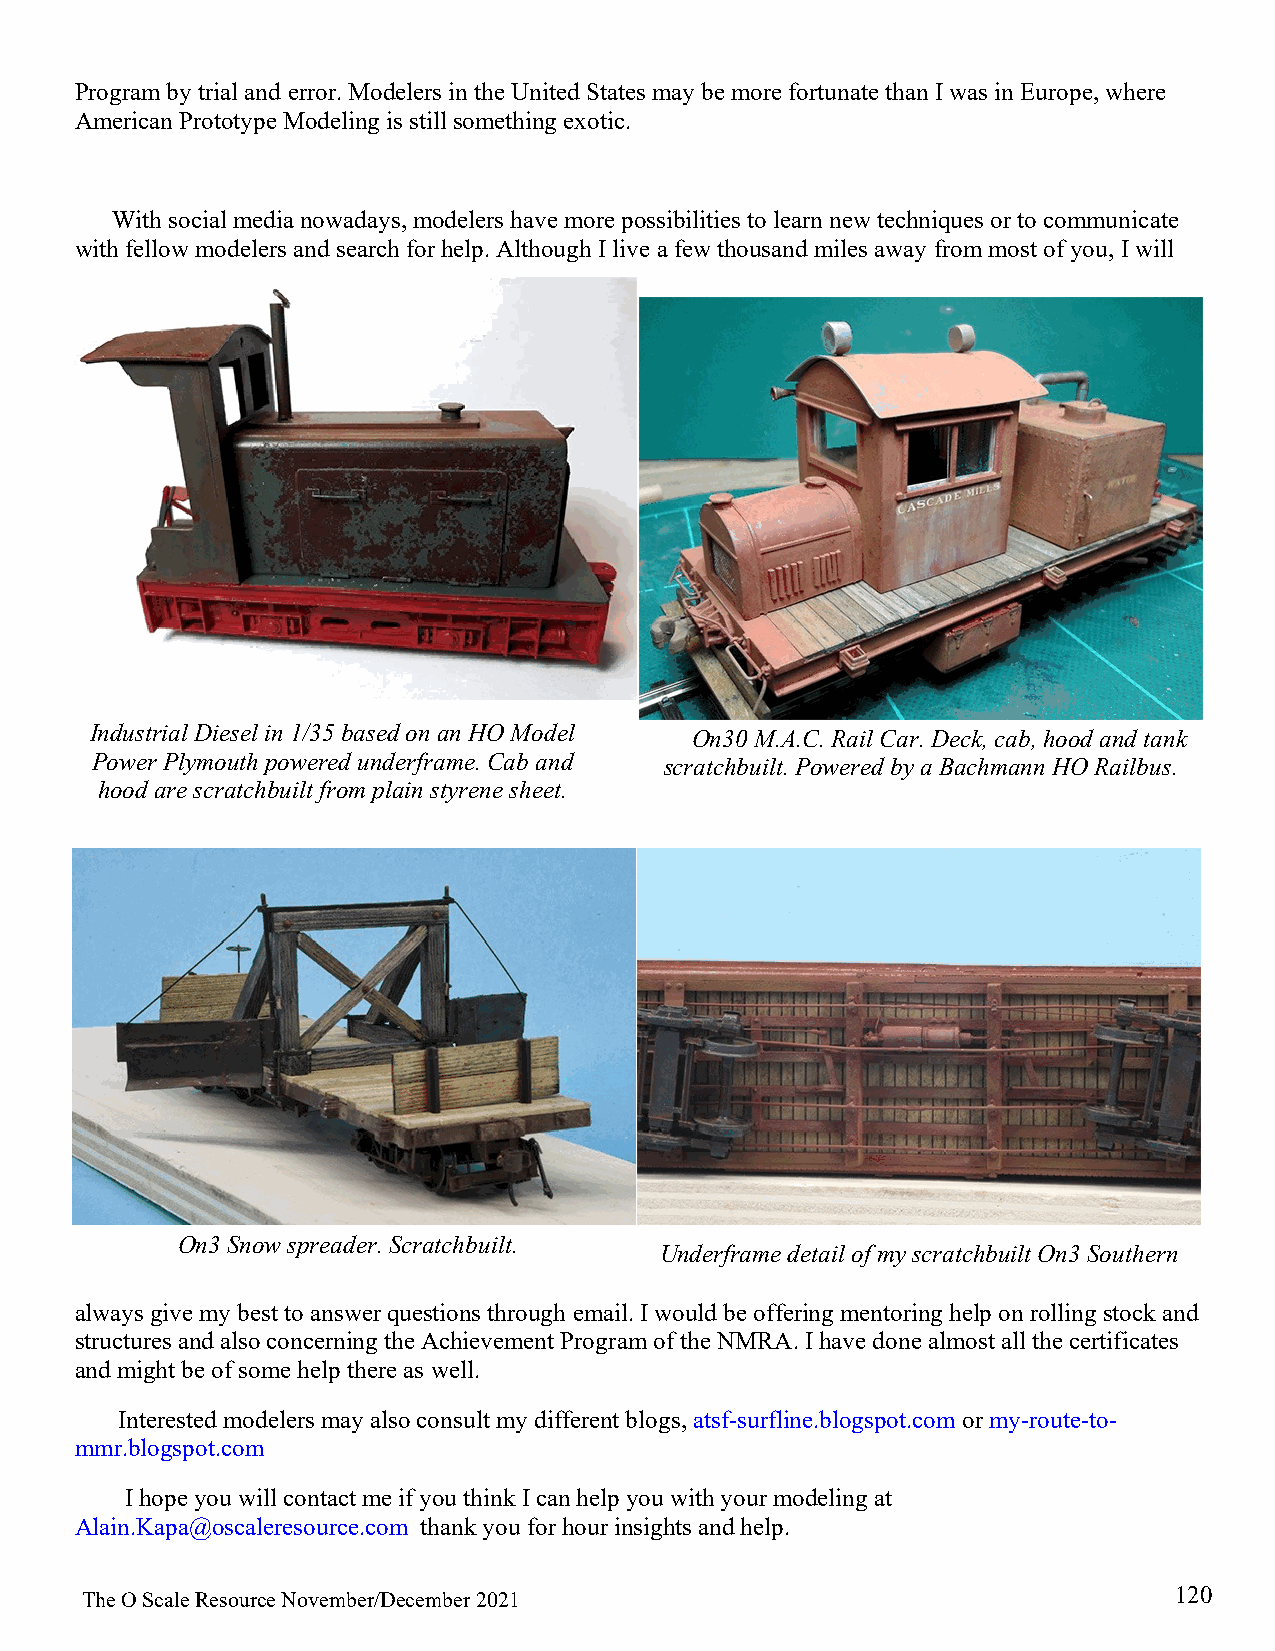
Program by trial and error. Modelers in the United States may be more fortunate than I was in Europe, where
 American Prototype Modeling is still something exotic.
 With social media nowadays, modelers have more possibilities to learn new techniques or to communicate
 with fellow modelers and search for help. Although I live a few thousand miles away from most of you, I will
 Industrial Diesel in 1/35 based on an HO Model On30 M.A.C. Rail Car. Deck, cab, hood and tank
 Power Plymouth powered underframe. Cab and scratchbuilt. Powered by a Bachmann HO Railbus.
 hood are scratchbuilt from plain styrene sheet.
 On3 Snow spreader. Scratchbuilt.
 Underframe detail of my scratchbuilt On3 Southern
 always give my best to answer questions through email. I would be offering mentoring help on rolling stock and
 structures and also concerning the Achievement Program of the NMRA. I have done almost all the certificates
 and might be of some help there as well.
 Interested modelers may also consult my different blogs, atsf-surfline.blogspot.com or my-route-to-
 mmr.blogspot.com
 I hope you will contact me if you think I can help you with your modeling at
 Alain.Kapa@oscaleresource.com thank you for hour insights and help.
 120
 The O Scale Resource November/December 2021